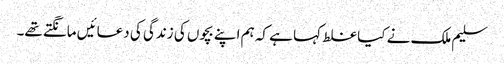
سلیم ملک نے کیا غلط کہا ہے کہ ہم اپنے بچوں کی زندگی کی دعائیں مانگتے تھے۔